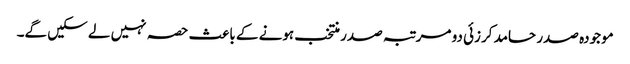
موجودہ صدر حامد کرزئی دو مرتبہ صدر منتخب ہونے کے باعث حصہ نہیں لے سکیں گے۔